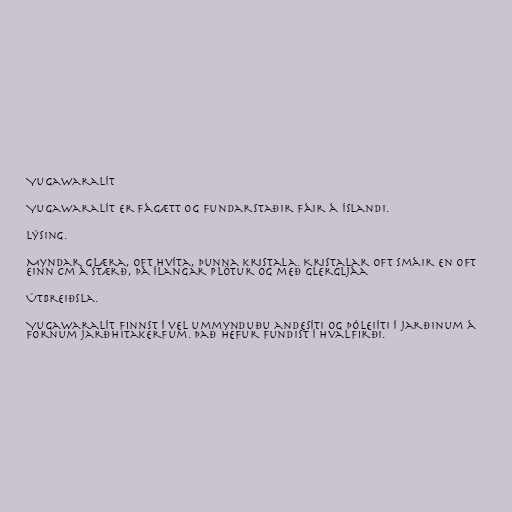
Yugawaralít

Yugawaralít er fágætt og fundarstaðir fáir á Íslandi.

Lýsing.

Myndar glæra, oft hvíta, þunna kristala. Kristalar oft smáir en oft
einn cm á stærð, þá ílangar plötur og með glergljáa

Útbreiðsla.

Yugawaralít finnst í vel ummynduðu andesíti og þóleiíti í jarðinum á
fornum jarðhitakerfum. Það hefur fundist í Hvalfirði.